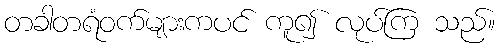
တခါတရံဝက်များကပင် ကူ၍ လုပ်ကြ သည်။